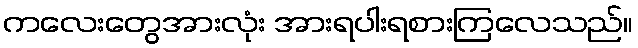
ကလေးတွေအားလုံး အားရပါးရစားကြလေသည်။